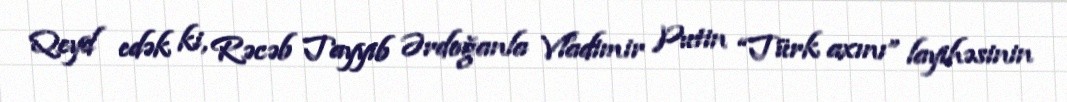
Qeyd edək ki, Rəcəb Tayyib Ərdoğanla Vladimir Putin “Türk axını” layihəsinin